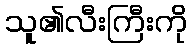
သူ၏လီးကြီးကို